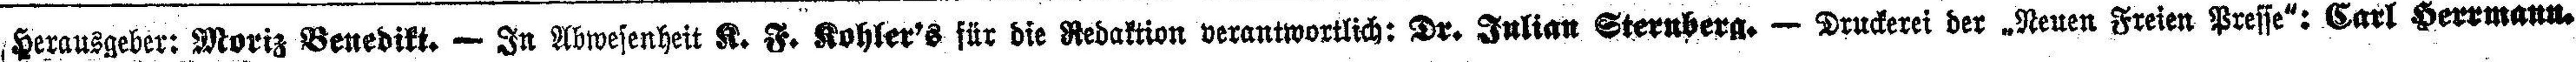
Herausgeber: Moriz Benedikt. — In Abwesenheit K. F. Kohler's für die Redaktion verantwortlich: Dr. Julian Sternberg. — Druckerei der „Neuen Freien Presse“: Carl Herrmann.